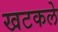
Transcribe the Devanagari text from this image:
खटकले